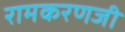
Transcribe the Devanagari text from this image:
रामकरणजी